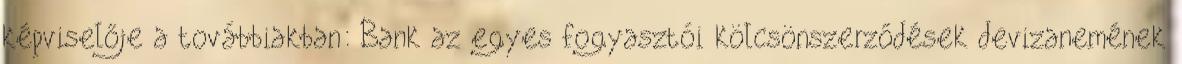
képviselője a továbbiakban: Bank az egyes fogyasztói kölcsönszerződések devizanemének